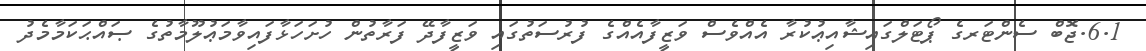
6.1.ޖޮބް ސެންޓަރގެ ޕޯޓަލްގައިޝާއިޢުކުރާ އެއްވެސް ވަޒީފާއެއްގެ ފުރުސަތުގައި ވަޒީފާދޭ ފަރާތުން ހުށަހަޅާފައިވާމަޢުލޫމާތުގެ ޞައްޙަކަމާމެދު